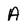
Character: A